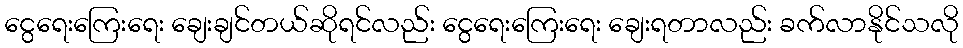
ငွေရေးကြေးရေး ချေးချင်တယ်ဆိုရင်လည်း ငွေရေးကြေးရေး ချေးရတာလည်း ခက်လာနိုင်သလို